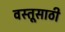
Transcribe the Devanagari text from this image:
वस्तूसाठी